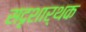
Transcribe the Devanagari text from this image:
सदृशार्थक